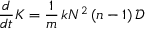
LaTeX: \frac { d } { d t } K = \frac { 1 } { m } \, k N ^ { 2 } \left( n - 1 \right) \mathcal { D }